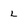
Character: L